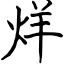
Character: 烊